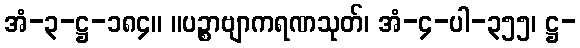
အံ-၃-ဋ္ဌ-၁၈၄။ ။ပဉ္စာဗျာကရဏသုတ်၊ အံ-၄-ပါ-၃၅၅၊ ဋ္ဌ-